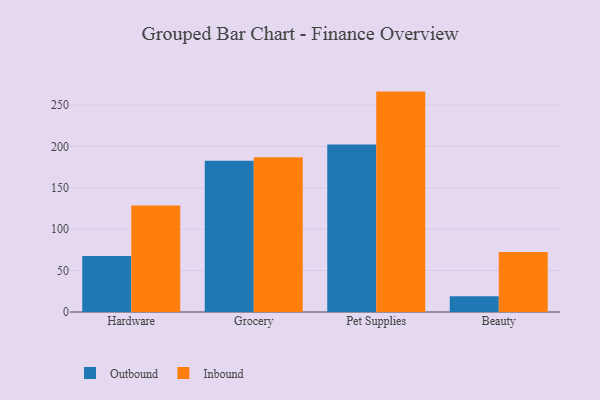
{"axis": {"x": "Category", "y": "Active Users"}, "legend": ["Inbound", "Outbound"], "data": [{"x": "Hardware", "y": 67.5, "type": "Outbound"}, {"x": "Hardware", "y": 128.5, "type": "Inbound"}, {"x": "Grocery", "y": 182.7, "type": "Outbound"}, {"x": "Grocery", "y": 186.9, "type": "Inbound"}, {"x": "Pet Supplies", "y": 202.4, "type": "Outbound"}, {"x": "Pet Supplies", "y": 266.2, "type": "Inbound"}, {"x": "Beauty", "y": 19.1, "type": "Outbound"}, {"x": "Beauty", "y": 72.4, "type": "Inbound"}]}